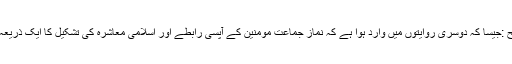
توضیح :جیسا کہ دوسری روایتوں میں وارد ہوا ہے کہ نماز جماعت مومنین کے آپسی رابطے اور اسلامی معاشرہ کی تشکیل کا ایک ذریعہ ہے ۔